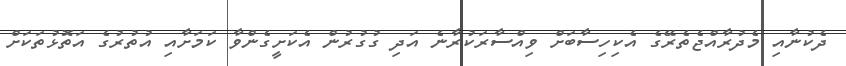
ދެކުނާއި މެދުރާއްޖެތެރޭގެ އެކިހިސާބަށް ވިއްސާރަކުރާނެ އަދި ގުގުރުން އެކަށީގެންވާ ކަމަށާއި އުތުރުގެ އަތޮޅުތަކަށް